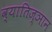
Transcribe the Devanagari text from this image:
व्यातिज्ञान